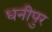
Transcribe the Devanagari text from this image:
धनीपुर